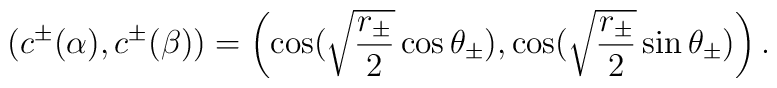
(c^{\pm}(\alpha),c^{\pm}(\beta))=\left(\cos(\sqrt{\frac{r_{\pm}}{2}}\cos\theta_{\pm}),\cos(\sqrt{\frac{r_{\pm}}{2}}\sin\theta_{\pm})\right).